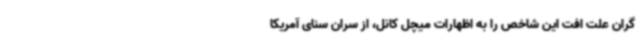
گران علت افت این شاخص را به اظهارات میچل کانل، از سران سنای آمریکا